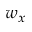
w _ { x }